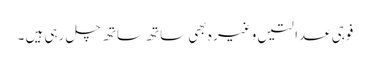
فوجی عدالتیں وغیر ہ بھی ساتھ ساتھ چل رہی ہیں ۔